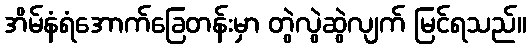
အိမ်နံရံအောက်ခြေတန်းမှာ တွဲလွဲဆွဲလျက် မြင်ရသည်။